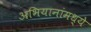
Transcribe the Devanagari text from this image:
अभियानांमध्ये